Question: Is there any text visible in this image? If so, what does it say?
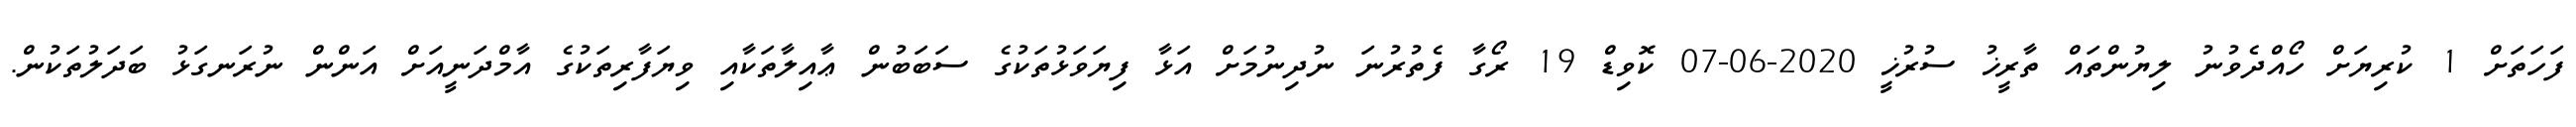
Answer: ފަހަތަށް 1 ކުރިޔަށް ހޯއްދެވުނު ލިޔުންތައް ތާރީޚު ސުރުޚީ 2020-06-07 ކޮވިޑް 19 ރޯގާ ފެތުރުނަ ނުދިނުމަށް އަޅާ ފިޔަވަޅުތަކުގެ ސަބަބުން ޢާއިލާތަކާއި ވިޔަފާރިތަކުގެ އާމްދަނީއަށް އަންން ނުރަނގަޅު ބަދަލުތަކުން.